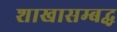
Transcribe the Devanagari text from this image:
शाखासम्बद्ध